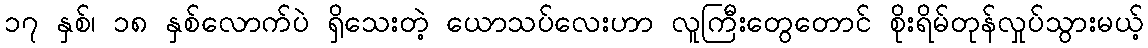
၁၇ နှစ်၊ ၁၈ နှစ်လောက်ပဲ ရှိသေးတဲ့ ယောသပ်လေးဟာ လူကြီးတွေတောင် စိုးရိမ်တုန်လှုပ်သွားမယ့်